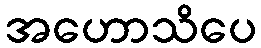
အဟောသိပေ